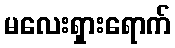
မလေးရှားရောက်